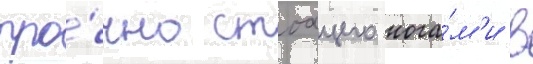
про́чно стоащего нога́м'и в